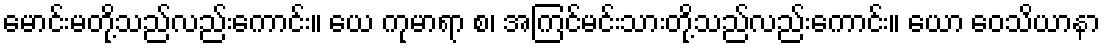
မောင်းမတို့သည်လည်းကောင်း။ ယေ ကုမာရာ စ၊ အကြင်မင်းသားတို့သည်လည်းကောင်း။ ယော ဝေသိယာနာ